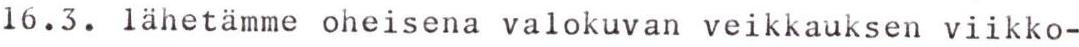
16.3. lähetämme oheisena valokuvan veikkauksen viikko-